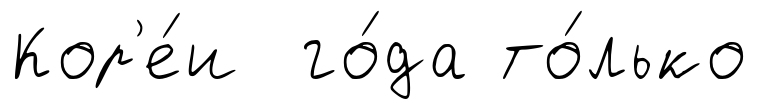
Кор'е́и го́да то́лько